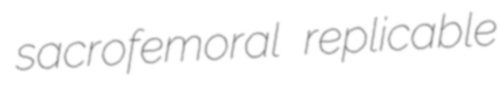
sacrofemoral replicable